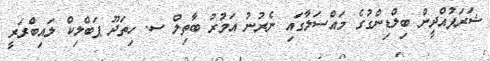
ޝަރަފުއްދީން ބިލްޑިންގުގެ މައްސަލާގައި ނެރުނު އަމުރު ބާތިލް ސ. ހިތަދޫ ޕަބްލިކް ލައިބްރަރީ